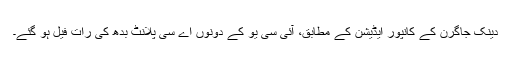
دینک جاگرن کے کانپور ایڈیشن کے مطابق، آئی سی یو کے دونوں اے سی پلانٹ بدھ کی رات فیل ہو گئے۔